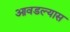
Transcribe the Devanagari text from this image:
आवडल्यास